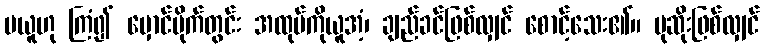
မယူဟု ကြံ၍ မှောင်မိုက်တွင်း အထုပ်ကိုယူအံ့၊ ချည်ခင်ဖြစ်လျှင် စောင့်သေး၏။ ပုဆိုးဖြစ်လျှင်